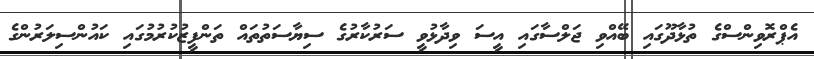
އެޕްރޮވިންސްގެ ތުޅާދޫގައި ބޭއްވި ޖަލްސާގައި އީސަ ވިދާޅުވީ ސަރުކާރުގެ ސިޔާސަތުތައް ތަންފީޒުކުރުމުގައި ކައުންސިލަރުންގެ